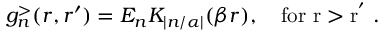
g _ { n } ^ { > } ( r , r ^ { \prime } ) = E _ { n } K _ { | n / \alpha | } ( \beta r ) , \quad \mathrm { f o r ~ r > r ^ { ' } ~ . }